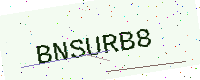
Text: BNSURB8